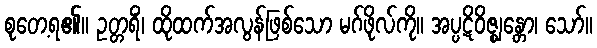
စုတေ့ရ၏။ ဥတ္တရိံ၊ ထိုထက်အလွန်ဖြစ်သော မဂ်ဖိုလ်ကို။ အပ္ပဋိဝိဇ္ဈန္တော၊ သော်။